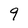
Character: 9